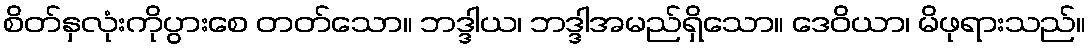
စိတ်နှလုံးကိုပွားစေ တတ်သော။ ဘဒ္ဒါယ၊ ဘဒ္ဒါအမည်ရှိသော။ ဒေဝိယာ၊ မိဖုရားသည်။